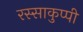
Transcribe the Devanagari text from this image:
रस्साकुप्पी